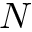
N